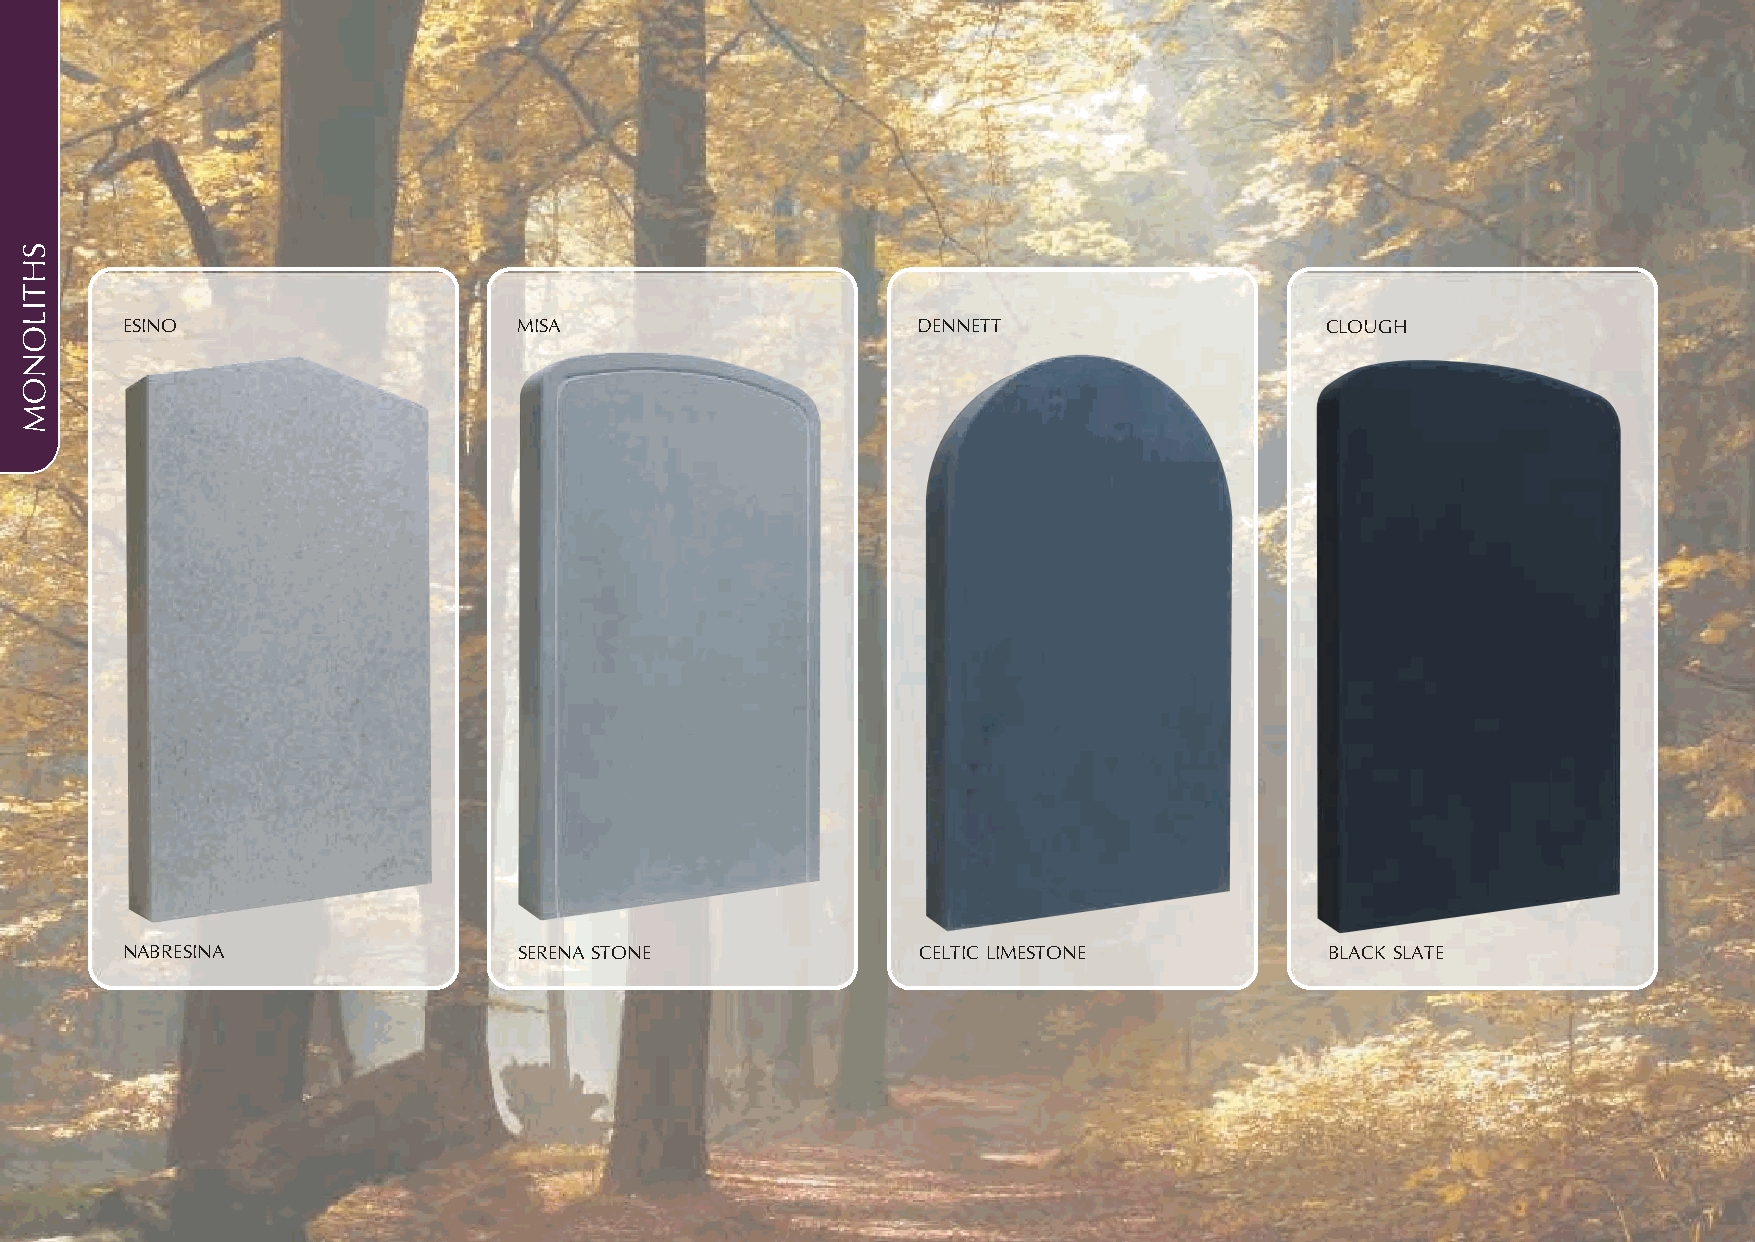
ESINO                     MISA                       DENNETT                    CLOUGH
 NABRESINA                 SERENA STONE               CELTIC LIMESTONE           BLACK SLATE
 SHTILONOM